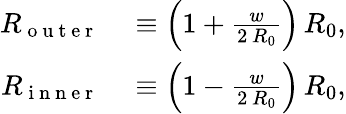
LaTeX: \begin{array}{rl}{R_{\mathrm{~o~u~t~e~r~}}}&{{}\equiv\left(1+\frac{w}{2\, R_{0}}\right)\, R_{0},}\\ {R_{\mathrm{~i~n~n~e~r~}}}&{{}\equiv\left(1-\frac{w}{2\, R_{0}}\right)\, R_{0},}\end{array}